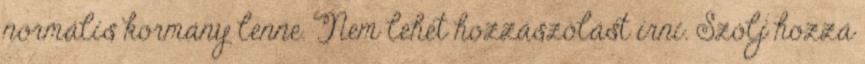
normális kormány lenne. Nem lehet hozzászólást írni. Szólj hozzá